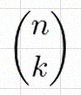
\binom{n}{k}